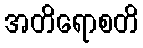
အတိရောစတိ